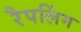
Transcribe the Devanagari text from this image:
रैपलिंग